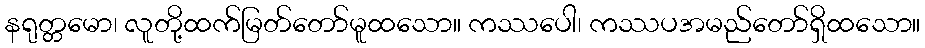
နရုတ္တမော၊ လူတို့ထက်မြတ်တော်မူထသော။ ကဿပေါ၊ ကဿပအမည်တော်ရှိထသော။